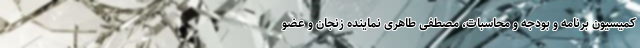
کمیسیون برنامه و بودجه و محاسبات، مصطفی طاهری نماینده زنجان و عضو